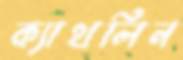
ক্যাথলিন